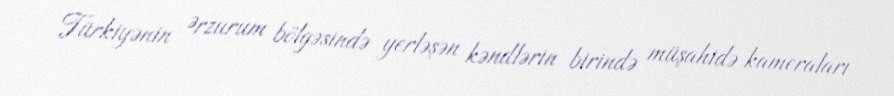
Türkiyənin Ərzurum bölgəsində yerləşən kəndlərin birində müşahidə kameraları